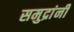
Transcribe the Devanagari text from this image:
समुद्रांनी